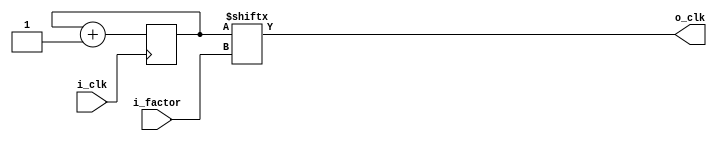
// Divide the frequency of a clock signal up to 2^32
module clk_div (
    input       i_clk,
    input [4:0] i_factor, // 0: /2,  1: /4,  2: /8 ...  up to 32
    output      o_clk
);

reg [31:0] ctr;

assign o_clk = ctr[i_factor];

always @(posedge i_clk) begin
    ctr = ctr + 1'b1;
end



endmodule